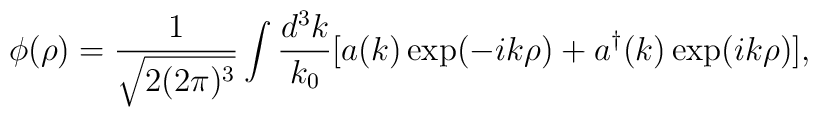
\phi(\rho)=\frac{1}{\sqrt{2(2\pi)^3}}\int\frac{d^3k}{k_0}[a(k)\exp(-ik\rho)+a^\dagger(k)\exp(ik\rho)],